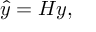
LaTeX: { \hat { y } } = H y ,